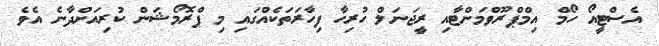
އެސްޓީއޯ ހޯމް އިމްޕްރޫވްމަންޓާއި ރީޖަނަލް ހުރިހާ ފިހާރަތަކެއްގައި މި ޕްރޮމޯޝަން ކުރިއަށްދާނެ އެވެ